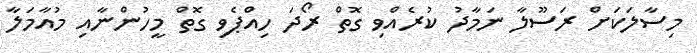
މިސާލަކަށް ރަސޫލާ ނަމާދު ކުރެއްވި ގޮތް ރޯދަ ހިއްޕެވި ގޮތް މީހުންނާއި މުއާމަލާ